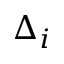
\Delta _ { i }